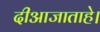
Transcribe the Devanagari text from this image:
दीआजाताहे।